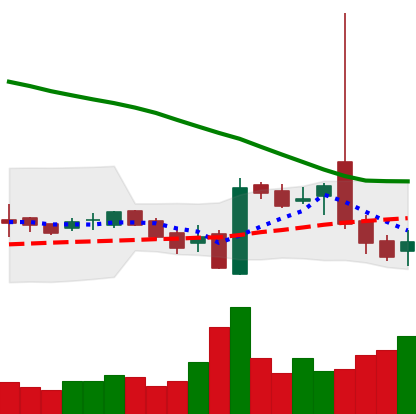
Ticker: LTC-USD
Chart end date: 2016-10-21
Forward return: 4.069%
Label: up_3_5